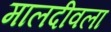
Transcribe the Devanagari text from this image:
मालदीवला